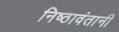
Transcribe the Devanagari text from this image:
निष्ठावंतानी